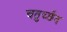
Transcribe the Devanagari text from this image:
चतुर्च्छेद